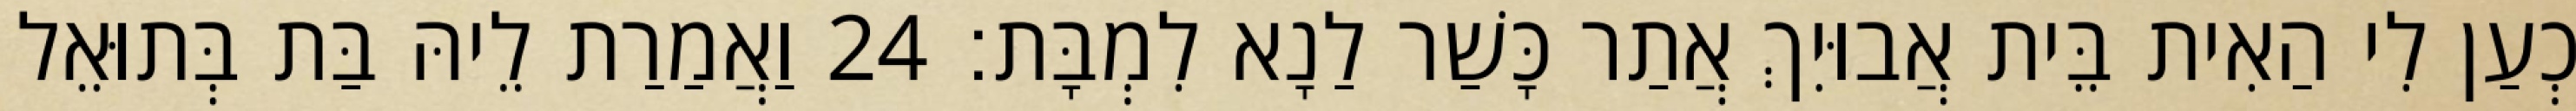
כְעַן לִי הַאִית בֵּית אֲבוּיִךְ אֲתַר כָּשַׁר לַנָא לִמְבָּת׃ 24 וַאֲמַרַת לֵיהּ בַּת בְּתוּאֵל